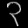
Digit: ၃